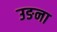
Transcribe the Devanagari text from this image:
उङना